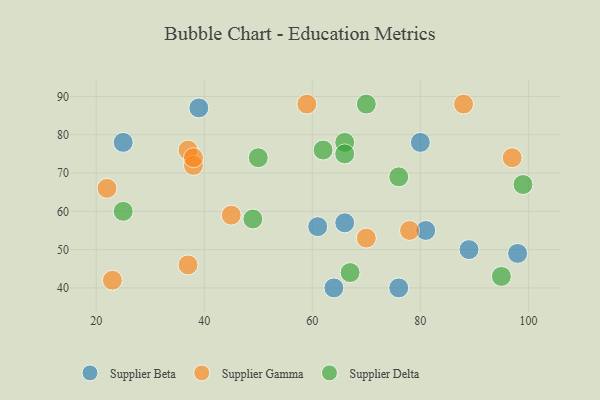
{"axis": {"x": "GDP", "y": "Life Expectancy"}, "legend": ["Supplier Beta", "Supplier Delta", "Supplier Gamma"], "data": [{"x": "39", "y": 87, "type": "Supplier Beta"}, {"x": "61", "y": 56, "type": "Supplier Beta"}, {"x": "80", "y": 78, "type": "Supplier Beta"}, {"x": "89", "y": 50, "type": "Supplier Beta"}, {"x": "98", "y": 49, "type": "Supplier Beta"}, {"x": "76", "y": 40, "type": "Supplier Beta"}, {"x": "81", "y": 55, "type": "Supplier Beta"}, {"x": "66", "y": 57, "type": "Supplier Beta"}, {"x": "64", "y": 40, "type": "Supplier Beta"}, {"x": "25", "y": 78, "type": "Supplier Beta"}, {"x": "70", "y": 53, "type": "Supplier Gamma"}, {"x": "22", "y": 66, "type": "Supplier Gamma"}, {"x": "88", "y": 88, "type": "Supplier Gamma"}, {"x": "45", "y": 59, "type": "Supplier Gamma"}, {"x": "97", "y": 74, "type": "Supplier Gamma"}, {"x": "37", "y": 76, "type": "Supplier Gamma"}, {"x": "78", "y": 55, "type": "Supplier Gamma"}, {"x": "38", "y": 72, "type": "Supplier Gamma"}, {"x": "23", "y": 42, "type": "Supplier Gamma"}, {"x": "59", "y": 88, "type": "Supplier Gamma"}, {"x": "37", "y": 46, "type": "Supplier Gamma"}, {"x": "38", "y": 74, "type": "Supplier Gamma"}, {"x": "25", "y": 60, "type": "Supplier Delta"}, {"x": "95", "y": 43, "type": "Supplier Delta"}, {"x": "67", "y": 44, "type": "Supplier Delta"}, {"x": "66", "y": 78, "type": "Supplier Delta"}, {"x": "70", "y": 88, "type": "Supplier Delta"}, {"x": "76", "y": 69, "type": "Supplier Delta"}, {"x": "62", "y": 76, "type": "Supplier Delta"}, {"x": "49", "y": 58, "type": "Supplier Delta"}, {"x": "66", "y": 75, "type": "Supplier Delta"}, {"x": "99", "y": 67, "type": "Supplier Delta"}, {"x": "50", "y": 74, "type": "Supplier Delta"}]}